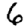
Digit: 6